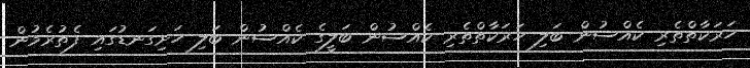
ހަރަކާތްތެރި ކެއްސުން ބަލި ހަރަކާތްތެރި ކެއްސުން ބަލީގެ ކެއްސުން ބަލި ހަށިގަނޑުގައި ފެތުރެމުން